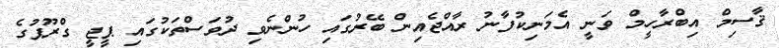
ޤާސިމް އިބްރާހީމް ވަނީ އެމަނިކުފާނު ރާއްޖެއިން ބޭރުގައި ހުންނެވި ދުވަސްތަކުގައި ޕީޖީ ގްރޫޕުގެ